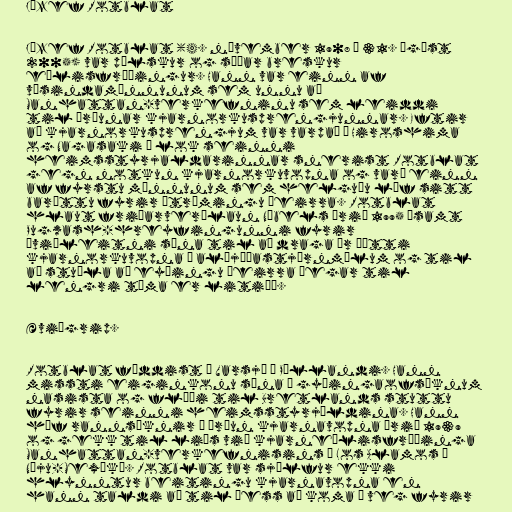
Józef Rotblat

Józef Rotblat (4. nóvember 1908 – 31. ágúst
2005) var pólskur og síðar breskur
eðlisfræðingur. Hann var einn af
vísindamönnunum sem unnu að
Manhattan-verkefninu sem leiddi
til þróunar kjarnorkusprengjunnar. Eftir
að kjarnorkusprengjum var varpað á Hiroshima
og Nagasaki í lok seinni
heimsstyrjaldarinnar snerist Rotblat
gegn notkun kjarnorkuvopna og varð einn
af fyrstu mönnunum sem helguðu líf sitt
baráttu fyrir útrýmingu þeirra. Rotblat
hlaut friðarverðlaun Nóbels árið 1995 ásamt
Pugwash-hreyfingunni fyrir
„viðleitni sína til að draga úr þætti
kjarnorkuvopna í alþjóðastjórnmálum og til
að stuðla að eyðingu þeirra þegar til
lengri tíma er litið“.

Æviágrip.

Rotblat fæddist í Varsjá í Póllandi. Hann
missti eiginkonu sína í gyðingaofsóknum
nasista og flúði til Bretlands stuttu
fyrir seinni heimsstyrjöldina. Hann
hóf rannsóknir í þróun kjarnavopna árið 1939
og gekk til liðs við kjarneðlisfræðinga
Manhattan-verkefnisins í Los Alamos í
Nýju-Mexíkó. Rotblat var sjálfur ekki
hlynntur beitingu kjarnavopna en
hann taldi að til þess að koma í veg fyrir